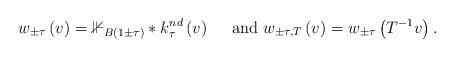
LaTeX: \begin{align*}w_{\pm\tau}\left(v\right)=\mathbb{1}_{B\left(1\pm\tau\right)}*k_{\tau}^{nd}\left(v\right)\quad\textrm{ and }w_{\pm\tau,T}\left(v\right)=w_{\pm\tau}\left(T^{-1}v\right).\end{align*}